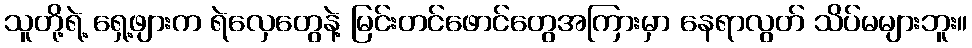
သူတို့ရဲ့ ရှေ့ဖျားက ရဲလှေတွေနဲ့ မြင်းတင်ဖောင်တွေအကြားမှာ နေရာလွတ် သိပ်မများဘူး။